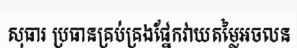
សុធារ ប្រធានគ្រប់គ្រងផ្នែកវាយតម្លៃអចលន